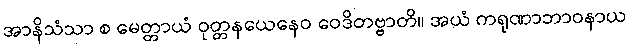
အာနိသံသာ စ မေတ္တာယံ ဝုတ္တနယေနေဝ ဝေဒိတဗ္ဗာတိ။ အယံ ကရုဏာဘာဝနာယ